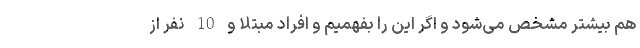
هم بیشتر مشخص می‌شود و اگر این را بفهمیم و افراد مبتلا و 10 نفر از